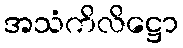
အသံကိလိဋ္ဌော